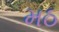
મઠ